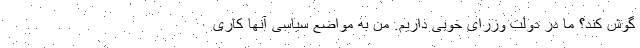
گوش کند؟ ما در دولت وزرای خوبی داریم. من به مواضع سیاسی آنها کاری